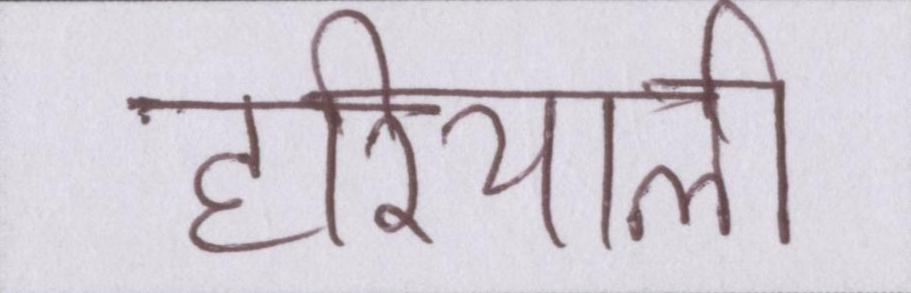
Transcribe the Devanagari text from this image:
हरियाली